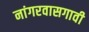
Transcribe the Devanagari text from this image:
नांगरवासगावी